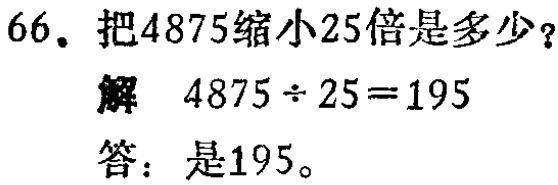
66. 把4875缩小25倍是多少？

解 \(4875\div25 = 195\)

答：是195。